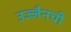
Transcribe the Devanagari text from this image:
उज्जैनची